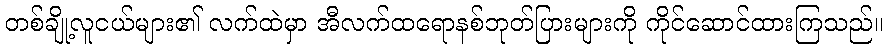
တစ်ချို့လူငယ်များ၏ လက်ထဲမှာ အီလက်ထရောနစ်ဘုတ်ပြားများကို ကိုင်ဆောင်ထားကြသည်။